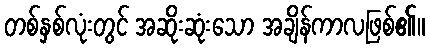
တစ်နှစ်လုံးတွင် အဆိုးဆုံးသော အချိန်ကာလဖြစ်၏။